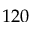
1 2 0